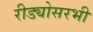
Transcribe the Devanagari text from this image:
रीड्योसरभी